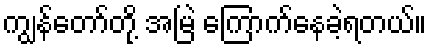
ကျွန်တော်တို့ အမြဲ ကြောက်နေခဲ့ရတယ်။